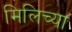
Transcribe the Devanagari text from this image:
मिलिच्या